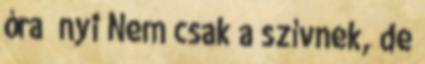
óra nyi Nem csak a szívnek, de